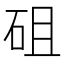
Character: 砠